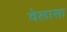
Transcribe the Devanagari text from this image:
वेलासा